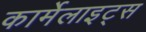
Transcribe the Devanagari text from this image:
कार्मेलाइट्स